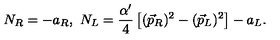
N _ { R } = - a _ { R } , \ N _ { L } = { \frac { \alpha ^ { \prime } } { 4 } } \left[ ( \vec { p } _ { R } ) ^ { 2 } - ( \vec { p } _ { L } ) ^ { 2 } \right] - a _ { L } .